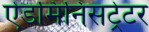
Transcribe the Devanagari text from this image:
ऐडमिनिसट्रेटर